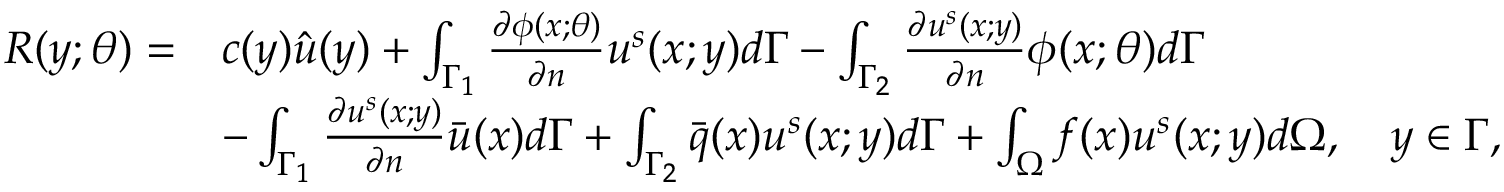
\begin{array} { r l } { R ( \boldsymbol { y ; \theta } ) = } & { c ( \boldsymbol { y } ) \hat { u } ( \boldsymbol { y } ) + \int _ { \Gamma _ { 1 } } \frac { \partial \phi ( \boldsymbol { x ; \theta } ) } { \partial \boldsymbol { n } } u ^ { s } ( \boldsymbol { x ; y } ) d \Gamma - \int _ { \Gamma _ { 2 } } \frac { \partial u ^ { s } ( \boldsymbol { x ; y } ) } { \partial \boldsymbol { n } } \phi ( \boldsymbol { x ; \theta } ) d \Gamma } \\ & { - \int _ { \Gamma _ { 1 } } \frac { \partial u ^ { s } ( \boldsymbol { x ; y } ) } { \partial \boldsymbol { n } } \bar { u } ( \boldsymbol { x } ) d \Gamma + \int _ { \Gamma _ { 2 } } \bar { q } ( \boldsymbol { x } ) u ^ { s } ( \boldsymbol { x ; y } ) d \Gamma + \int _ { \Omega } f ( \boldsymbol { x } ) u ^ { s } ( \boldsymbol { x ; y } ) d \Omega , \quad \boldsymbol { y } \in \Gamma , } \end{array}